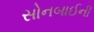
સોનબાઈની